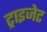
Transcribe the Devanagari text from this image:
ट्राइजेट